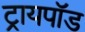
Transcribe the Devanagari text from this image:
ट्रायपाॅड